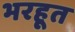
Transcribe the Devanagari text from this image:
भरहूत